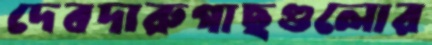
দেবদারুগাছগুলোর